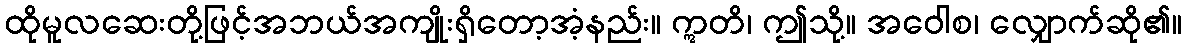
ထိုမူလဆေးတို့ဖြင့်အဘယ်အကျိုးရှိတော့အံ့နည်း။ ဣတိ၊ ဤသို့။ အဝေါစ၊ လျှောက်ဆို၏။